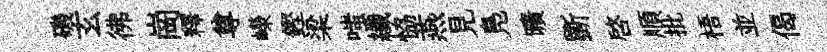
磯玄彿崗釋尊嶸鏗梁嗤纖恊燕見鳬曠斵啓順批梧並偈